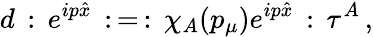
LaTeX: d\, :\, e^{ip\hat{x}}\, :\, =\, :\, \chi_{A}(p_{\mu})e^{ip\hat{x}}\, :\, \tau^{A}\, ,